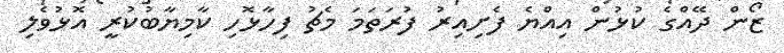
ޒޯން ދޭއްގެ ކުޅުން އިއްޔެ ފެށިއިރު ފުރަތަމަ މެޗު ފިހާޅޮހި ކާމިޔާބުކުރީ އޮޅުވެލި